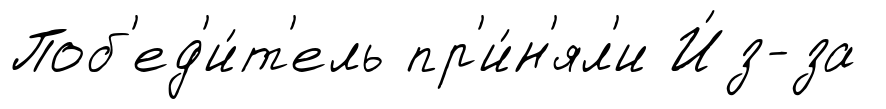
Поб'ед'и́т'ель пр'и́н'ял'и И́з-за